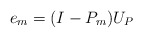
\begin{align*}e_m = (I - P_m ) U_P \end{align*}